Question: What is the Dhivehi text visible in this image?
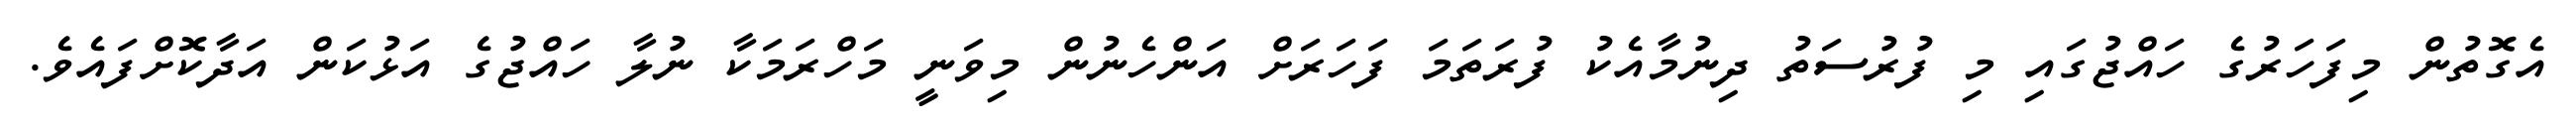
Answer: އެގޮތުން މިފަހަރުގެ ހައްޖުގައި މި ފުރުސަތު ދިނުމާއެކު ފުރަތަމަ ފަހަރަށް އަންހެނުން މިވަނީ މަހްރަމަކާ ނުލާ ހައްޖުގެ އަޅުކަން އަދާކޮށްފައެވެ.